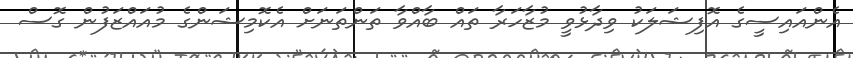
އެންއައިސީގެ އޮފިޝަލަކު ވިދާޅުވީ މުޒާހަރާ ތައް ބާއްވާ ތަންތަނަށް އެކޮމިޝަންގެ މުއައްޒަފުން ގޮސް